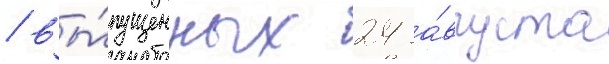
/ вы́пущенных 24 а́вгуста